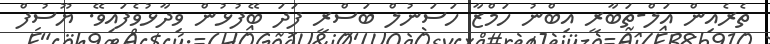
ތެރެއިން އަލް-ތަބާރީ އިބްނު ހަމްޒާ ހަސަނުލް ބަސްރީ ފަދަ ބޭފުޅުން ވިދާޅުވެފައިވޭ. ޔޫސުފް